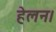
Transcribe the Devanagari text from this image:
हेलन।